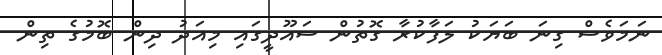
ނަމަވެސް ގިނަ ބަޔަކު ލަފާކުރާ ގޮތުން ސައޫދީގައި މިއަދު ދިން ބޮމުގެ ތިން